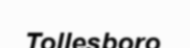
Tollesboro